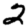
Digit: 2